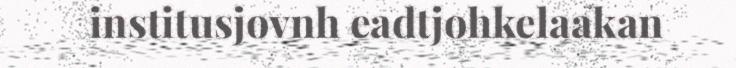
institusjovnh eadtjohkelaakan